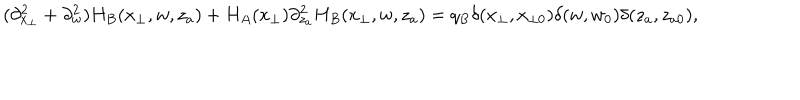
LaTeX: ( \partial _ { x _ { \perp } } ^ { 2 } + \partial _ { w } ^ { 2 } ) H _ { B } ( x _ { \perp } , w , z _ { a } ) + H _ { A } ( x _ { \perp } ) \partial _ { z _ { a } } ^ { 2 } H _ { B } ( x _ { \perp } , w , z _ { a } ) = q _ { B } \delta ( x _ { \perp } , x _ { \perp 0 } ) \delta ( w , w _ { 0 } ) \delta ( z _ { a } , z _ { a 0 } ) ,